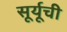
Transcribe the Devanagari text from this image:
सूर्यूची